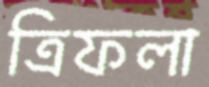
ত্রিফলা